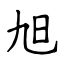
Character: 旭